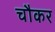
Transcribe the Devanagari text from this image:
चौकर